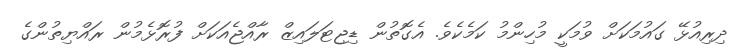
ދިރިއުޅޭ ގައުމަކަށް ވުމަކީ މުހިންމު ކަމެކެވެ. އެގޮތުން ޑިޖިޓަލައިޒް ރާއްޖެއަކަށް ފުރޮޅެމުން ރައްޔިތުންގެ